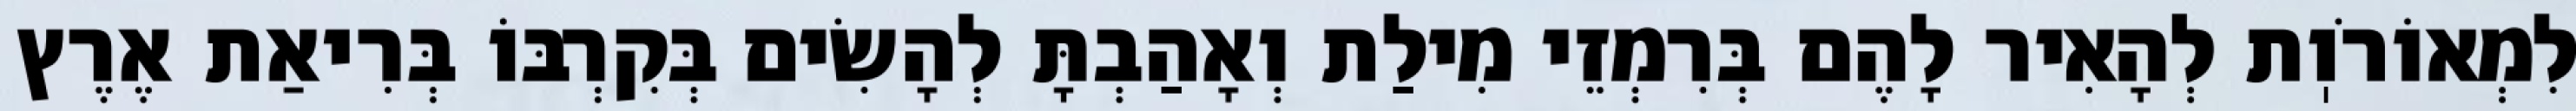
לִמְאוֹרֹוֽת לְהָאִיר לָהֶם בְּרִמְזֵי מִילַת וְאָהַבְתָּ לְהָשִׂים בְּקִרְבּוֹ בְּרִיאַת אֶרֶץ